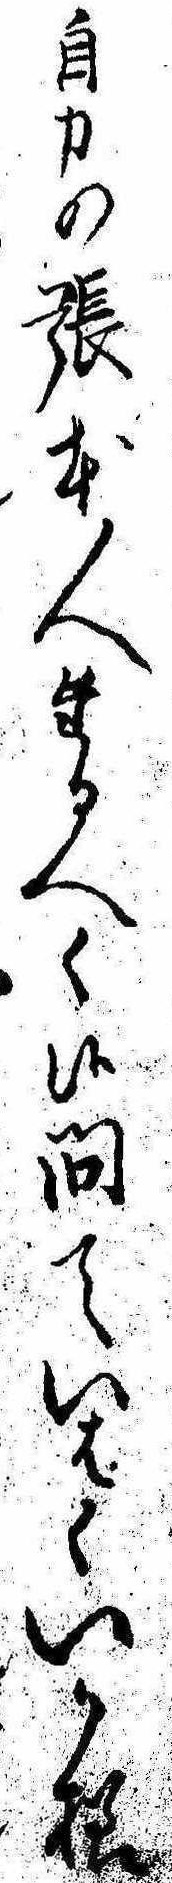
自力の張本人たるへく候問ていはくいか様